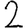
Digit: 2